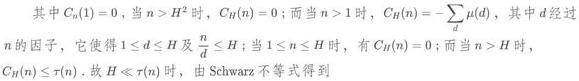
其中 $C_n(1) = 0$，当 $n > H^2$ 时，$C_H(n) = 0$；而当 $n > 1$ 时，$C_H(n)=-\sum\mu(d)$，其中 $d$ 经过 $n$ 的因子，它使得 $1\leq d\leq H$ 及 $\frac{n}{d}\leq H$；当 $1\leq n\leq H$ 时，有 $C_H(n) = 0$；而当 $n > H$ 时，$C_H(n)\leq \tau(n)$。故 $H\leq \tau(n)$ 时，由 Schwarz 不等式得到